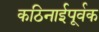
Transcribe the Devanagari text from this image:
कठिनाईपूर्वक